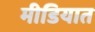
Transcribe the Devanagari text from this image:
मीडियात